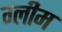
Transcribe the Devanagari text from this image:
ग्लीम